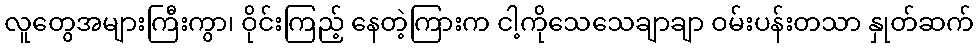
လူတွေအများကြီးကွာ၊ ဝိုင်းကြည့် နေတဲ့ကြားက ငါ့ကိုသေသေချာချာ ဝမ်းပန်းတသာ နှုတ်ဆက်